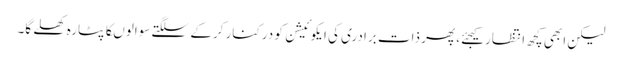
لیکن ابھی کچھ انتظار کیجئے، پھر ذات برادری کی ایکوئیشن کو درکنار کرکے سلگتے سوالوںکا پٹارہ کھلے گا۔